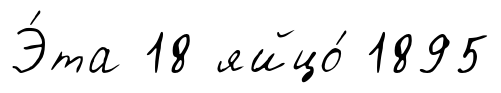
Э́та 18 яйцо́ 1895